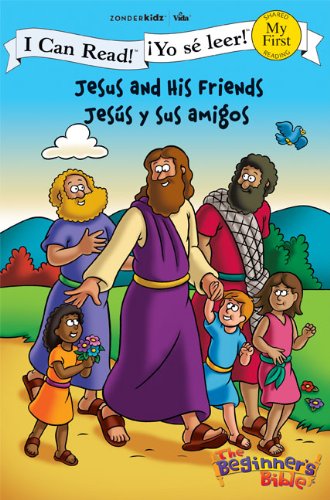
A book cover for Jesus and His Friends / JesÃºs y sus amigos (I Can Read! / The Beginner's Bible / Â¡Yo sÃ© leer!); Zondervan; Christian Books & Bibles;